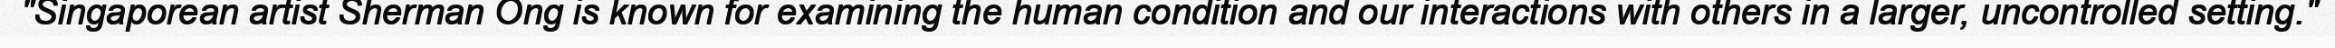
"Singaporean artist Sherman Ong is known for examining the human condition and our interactions with others in a larger, uncontrolled setting."